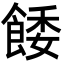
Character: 餧